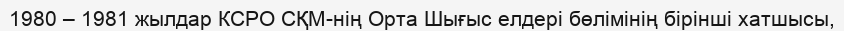
1980 – 1981 жылдар КСРО СҚМ-нің Орта Шығыс елдері бөлімінің бірінші хатшысы,